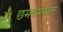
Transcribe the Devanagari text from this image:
छमबमेपजल